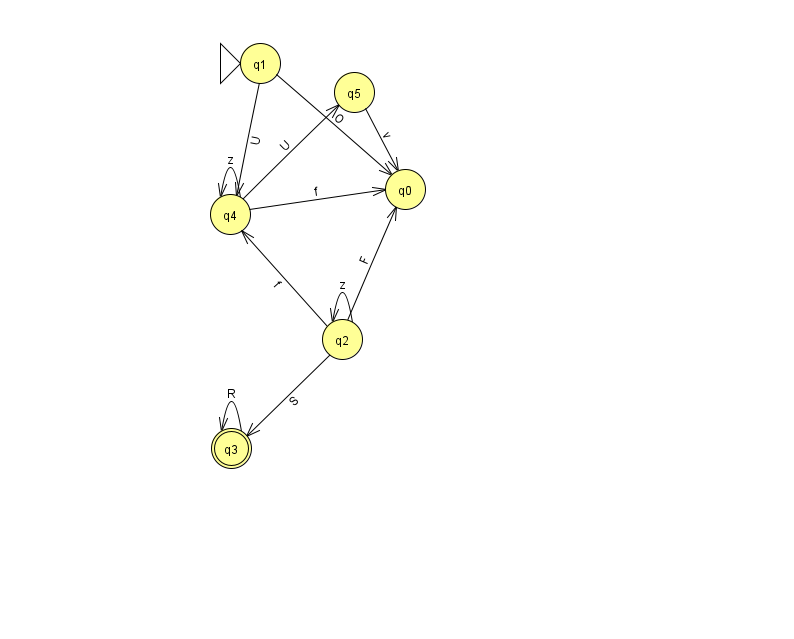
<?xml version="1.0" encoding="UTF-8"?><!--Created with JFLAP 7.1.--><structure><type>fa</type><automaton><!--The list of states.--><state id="0" name="q0"><x>405.0</x><y>176.0</y></state><state id="1" name="q1"><x>260.0</x><y>50.0</y><initial/></state><state id="2" name="q2"><x>342.0</x><y>326.0</y></state><state id="3" name="q3"><x>231.0</x><y>435.0</y><final/></state><state id="4" name="q4"><x>230.0</x><y>201.0</y></state><state id="5" name="q5"><x>354.0</x><y>79.0</y></state><!--The list of transitions.--><transition><from>2</from><to>0</to><read>F</read></transition><transition><from>3</from><to>3</to><read>R</read></transition><transition><from>5</from><to>0</to><read>v</read></transition><transition><from>1</from><to>0</to><read>O</read></transition><transition><from>4</from><to>0</to><read>f</read></transition><transition><from>2</from><to>2</to><read>z</read></transition><transition><from>4</from><to>4</to><read>z</read></transition><transition><from>1</from><to>4</to><read>U</read></transition><transition><from>2</from><to>3</to><read>S</read></transition><transition><from>2</from><to>4</to><read>f</read></transition><transition><from>4</from><to>5</to><read>U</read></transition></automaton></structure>